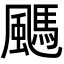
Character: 䬚